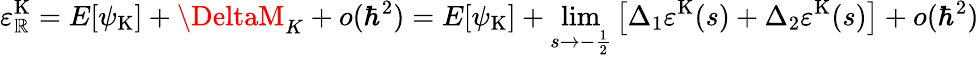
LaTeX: \varepsilon_{\mathbb{R}}^{\mathrm{{K}}}=E[{\psi}_{\mathrm{{K}}}]+\DeltaM_{K}+o(\hbar^{2})=E[{\psi}_{\mathrm{{K}}}]+\operatorname*{lim}_{s\rightarrow-\frac{{1}}{{2}}}\left[\Delta_{1}\varepsilon^{\mathrm{{K}}}(s)+\Delta_{2}\varepsilon^{\mathrm{{K}}}(s)\right]+o(\hbar^{2})